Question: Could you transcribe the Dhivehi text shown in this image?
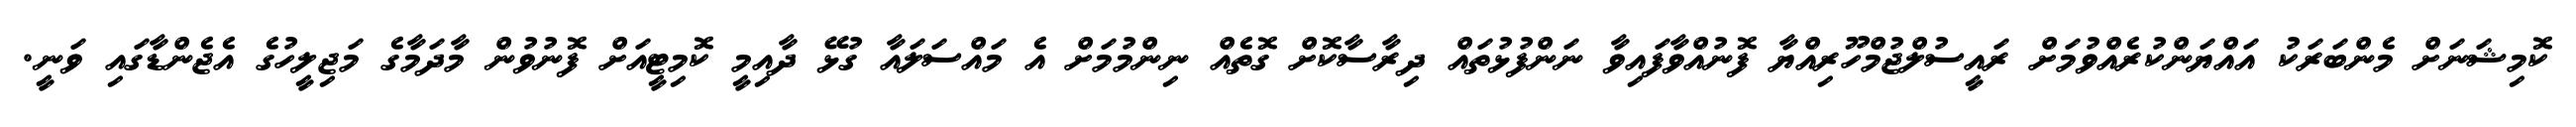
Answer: ކޮމިޝަނަށް މެންބަރަކު އައްޔަންކުރެއްވުމަށް ރައީސުލްޖުމްހޫރިއްޔާ ފޮނުއްވާފައިވާ ނަންފުޅުތައް ދިރާސާކޮށް ގޮތެއް ނިންމުމަށް އެ މައްސަލައާ ގުޅޭ ދާއިމީ ކޮމިޓީއަށް ފޮނުވުން މާދަމާގެ މަޖިލީހުގެ އެޖެންޑާގައި ވަނީ.